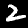
Digit: 2